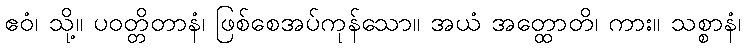
ဧဝံ၊ သို့။ ပဝတ္တိတာနံ၊ ဖြစ်စေအပ်ကုန်သော။ အယံ အတ္ထောတိ၊ ကား။ သစ္စာနံ၊